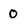
Character: 0